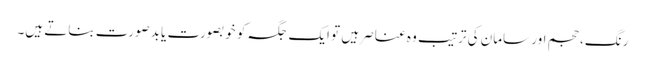
رنگ، حجم اور سامان کی ترتیب وہ عناصر ہیں تو ایک جگہ کو خوبصورت یا بدصورت بناتے ہیں۔